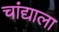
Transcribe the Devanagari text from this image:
चांद्याला